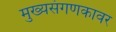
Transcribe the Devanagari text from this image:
मुख्यसंगणकावर